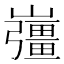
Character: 𡾪